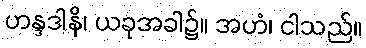
ဟန္ဒဒါနိ၊ ယခုအခါ၌။ အဟံ၊ ငါသည်။